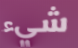
شيء